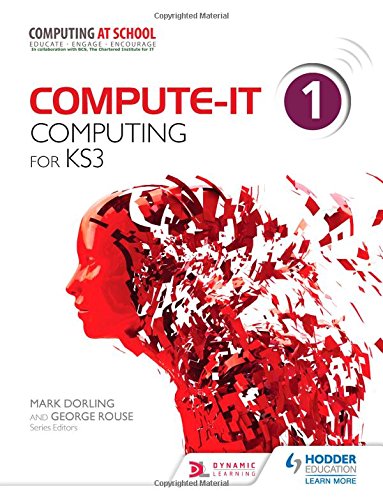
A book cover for Compute-IT Students Book 1. Computing for KS 3; Mark Dorling; Teen & Young Adult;